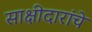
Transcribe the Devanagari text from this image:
साक्षीदारांचे